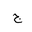
Letter: _gim